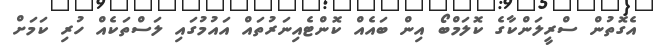
އެގޮތުން ސްރީލަންކާގެ ކޮލަމްބޯ އިން ބައެއް ކޮންޓެއިނަރުތައް އައުމުގައި ލަސްތަކެއް ހުރި ކަމަށް